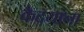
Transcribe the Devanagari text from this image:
कैदयांना